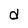
Character: d